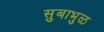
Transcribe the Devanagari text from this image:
सुबाभुळ